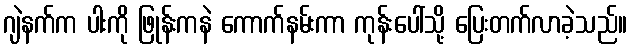
ဂျဲနက်က ပါးကို ဖြုန်းကနဲ ကောက်နမ်းကာ ကုန်းပေါ်သို့ ပြေးတက်လာခဲ့သည်။